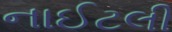
નાઈટલી